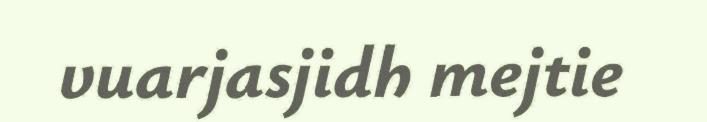
vuarjasjidh mejtie